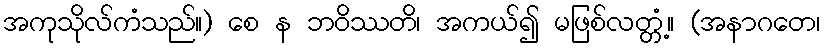
အကုသိုလ်ကံသည်။) စေ န ဘဝိဿတိ၊ အကယ်၍ မဖြစ်လတ္တံ့။ (အနာဂတေ၊